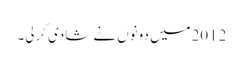
2012میں دونوں نے شادی کرلی۔